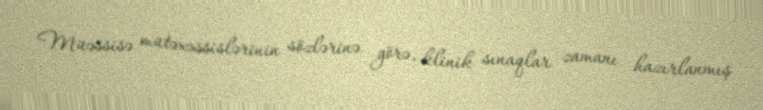
Müəssisə mütəxəssislərinin sözlərinə görə, klinik sınaqlar zamanı hazırlanmış